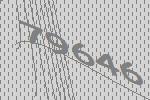
79646